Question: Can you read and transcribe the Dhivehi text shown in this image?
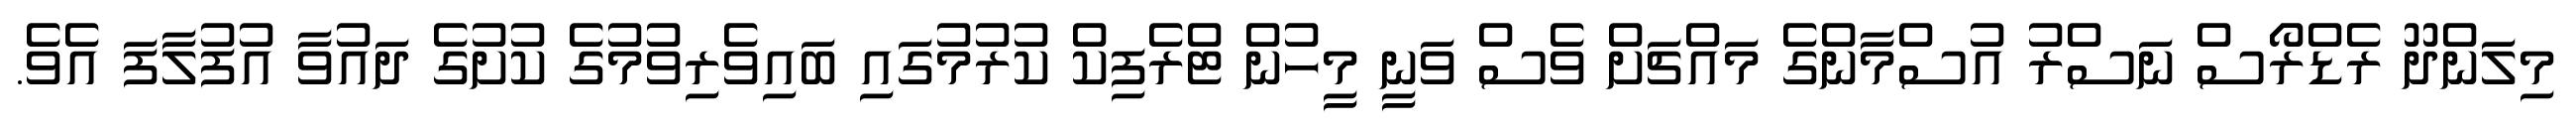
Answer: މިލަންދޫ ރެޑްރޯސް ނަސްރު އުސްމާންގެ މައްޗަށް ވެސް ވަނީ މީހުން ޓްރެފިކް ކުރުމުގައި ބައިވެރިވުމުގެ ކުށުގެ ދައުވާ އުފުލާފަ އެވެ.